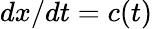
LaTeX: dx/dt=c(t)